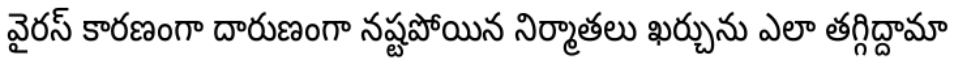
వైరస్ కారణంగా దారుణంగా నష్టపోయిన నిర్మాతలు ఖర్చును ఎలా తగ్గిద్దామా